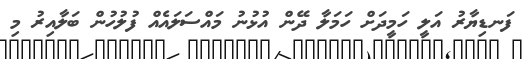
ފަނޑިޔާރު އަލީ ހަމީދަށް ހަމަލާ ދޭން އުޅުނު މައްސަލައެއް ފުލުހުން ބަލާއިރު މި